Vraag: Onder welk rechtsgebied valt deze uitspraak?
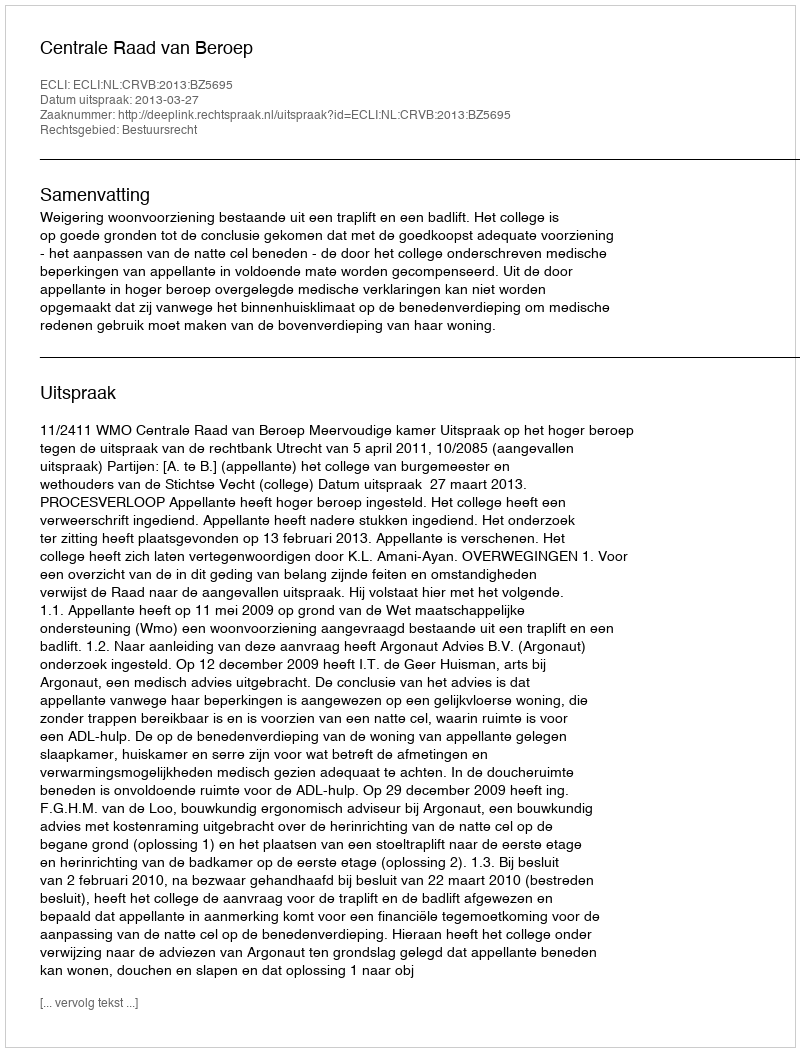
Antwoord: Bestuursrecht